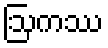
ဩကဿ